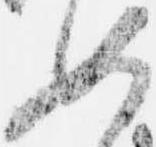
如